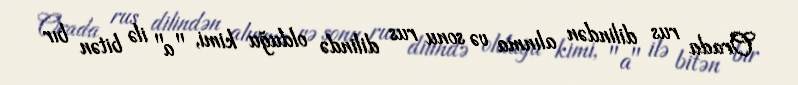
Orada rus dilindən alınma və sonu rus dilində olduğu kimi, "a" ilə bitən bır